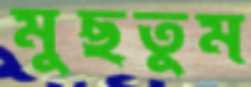
মুছতুম